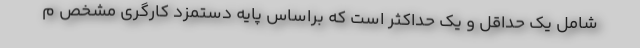
شامل یک حداقل و یک حداکثر است که براساس پایه دستمزد کارگری مشخص م